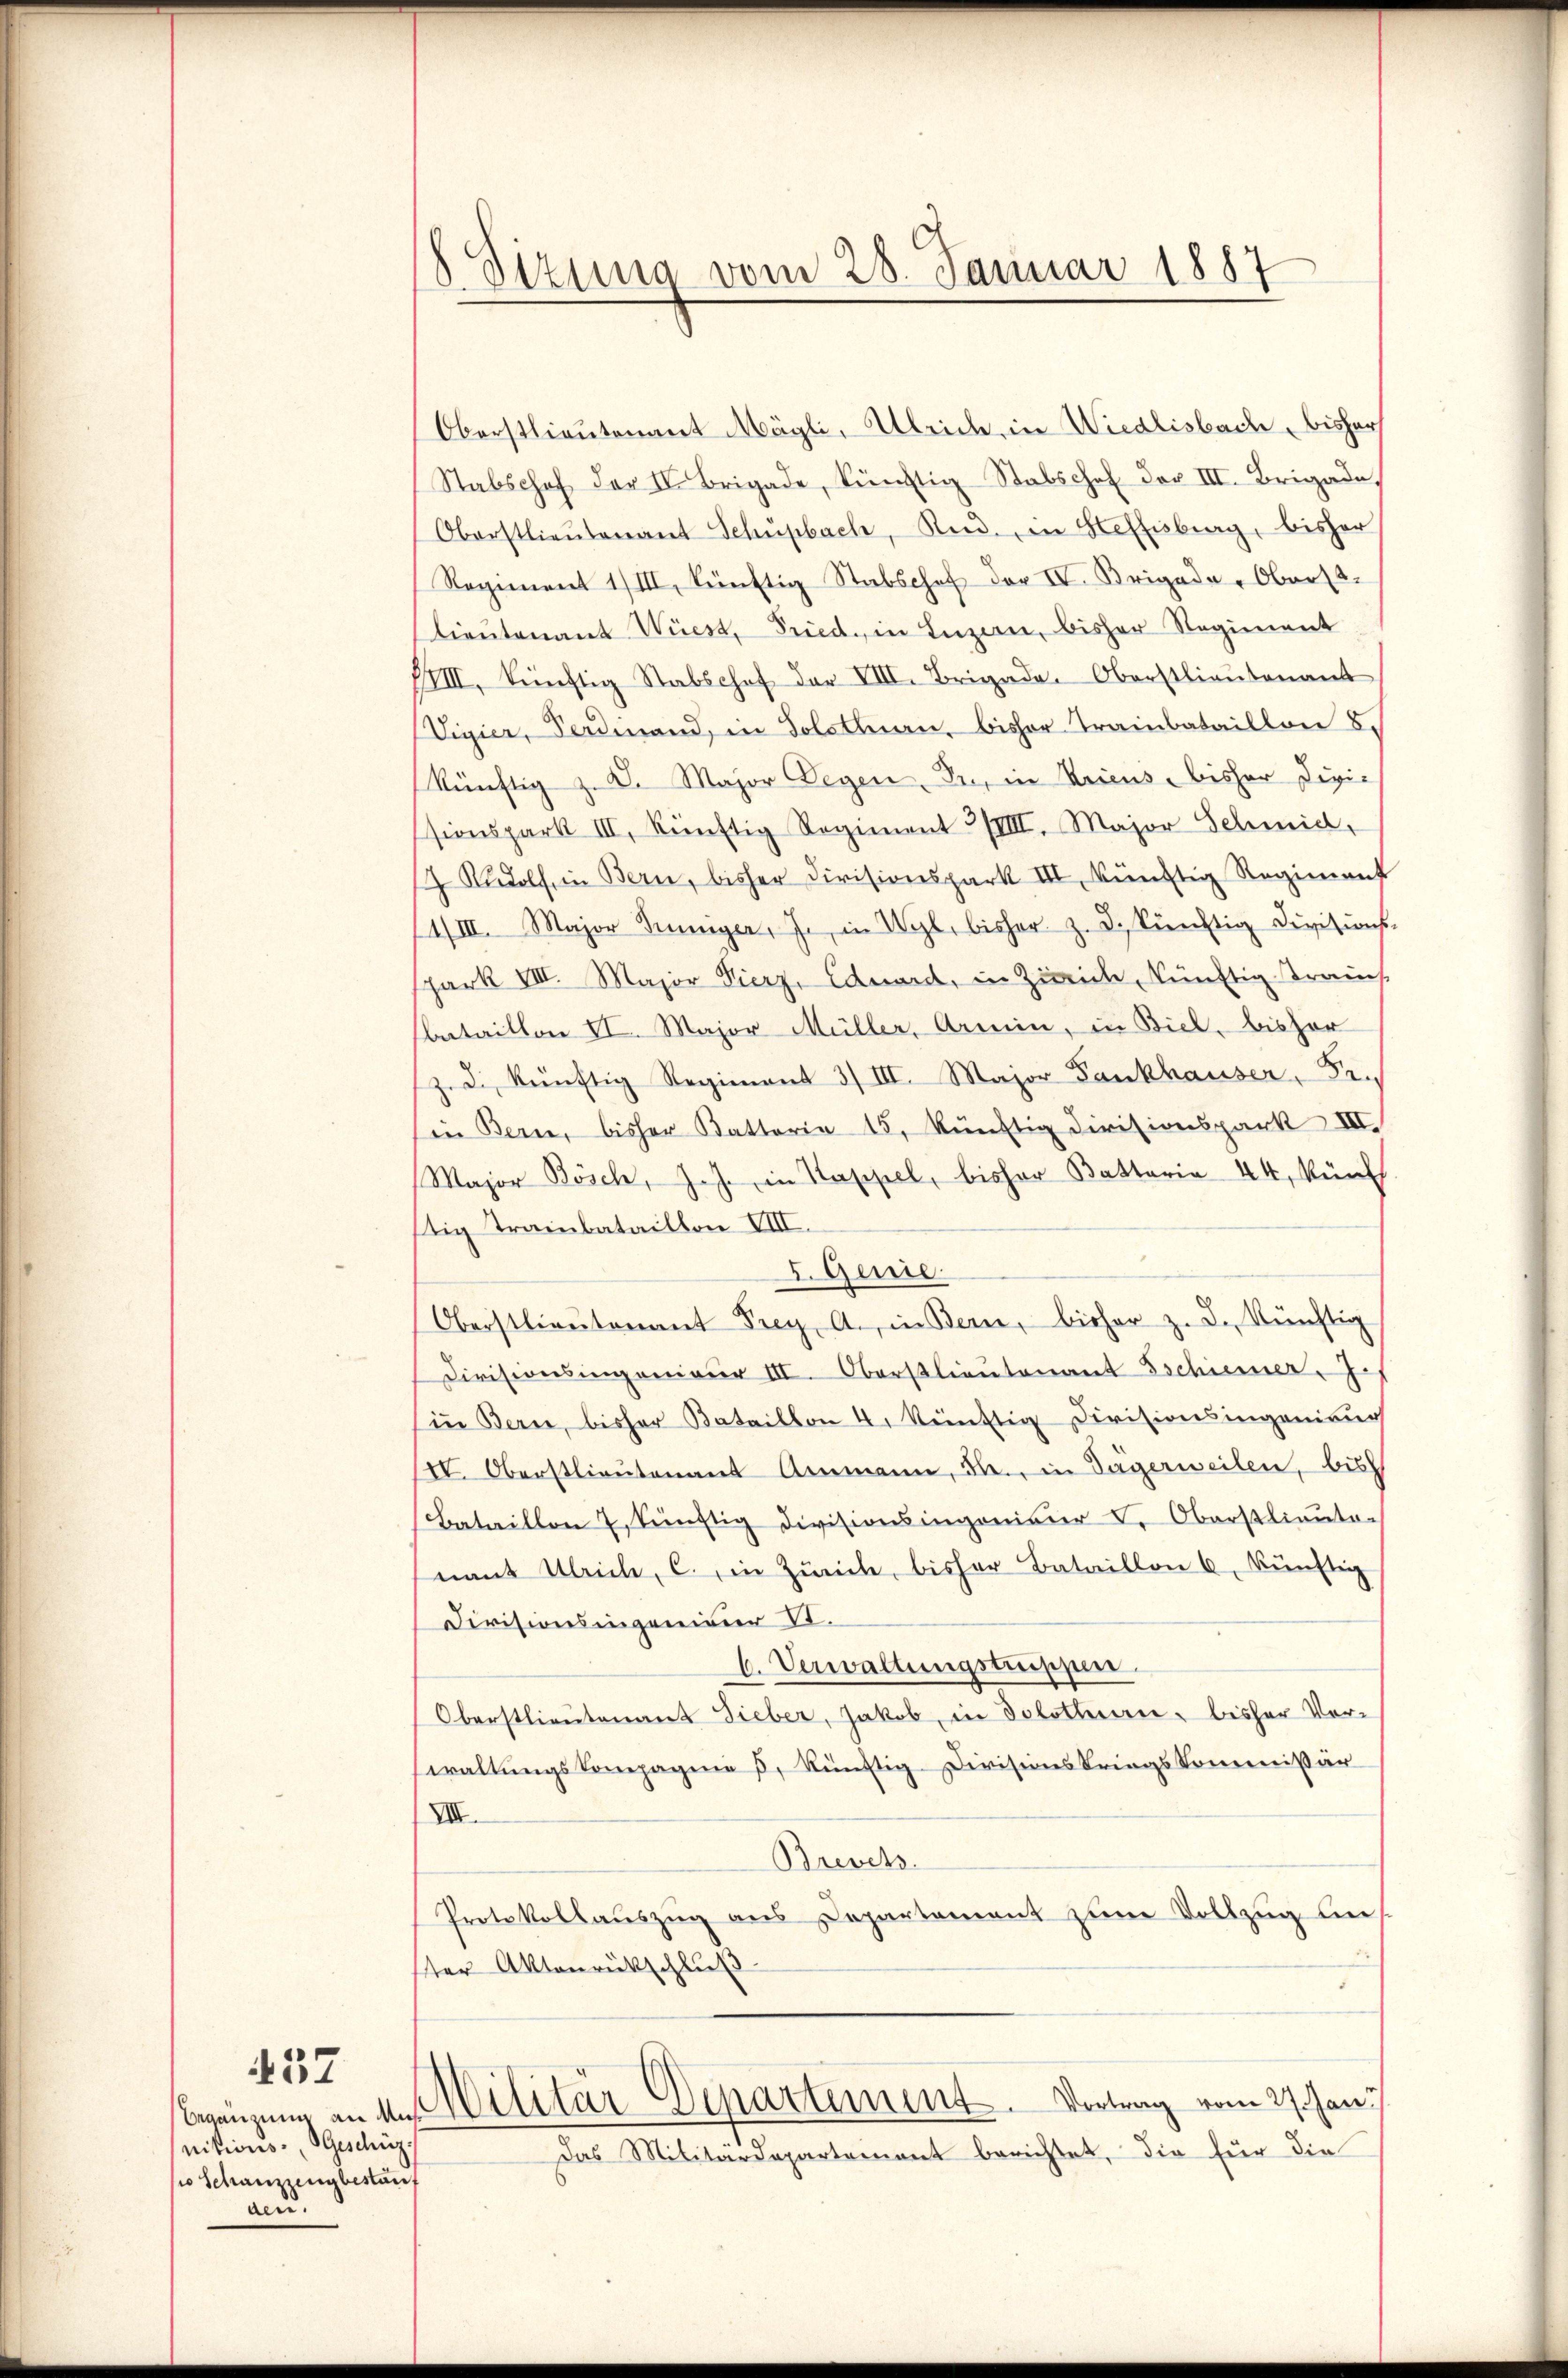
437

nitions-, Geschüzt
so Schanzengbestauf
den.

8. Sizung vom 28. Januar 1887

Oberstlieutenant Mögli, Ulrich in Wiedlisbach, bisher
Stabschof der IV. Brigade, künftig Stabschof der III. Brigade
Oberstlieutenant Schŭpbach, Rud. in Heffisburg, bisher
Regiment 1/III, künftig Stabschof der IV. Brigade-Oberst
Lieutenant Wüest, Fried, in Luzern, bisher Regiment
IIIII, künftig Stabschof der VIII. Brigade. Oberstlieutenant
Vigier, Ferdinand, in Solothurn, bisher Trainbataillon 8.
künftig z. B. Major Wegen, Pr., in Cricus, bisher Digie
sionspark III, künftig Regiment 2/VIII. Major Schmid,
7 Rudolf in Bern, bisher Divisionspart III, künftig Regiment
4/III. Major Kuniger, J. in Wyl, bisher z. B. künftig Divisions-
spark VIII. Major Vierz, Eduard, in Zürich, künftig Brauch,
bataillon II. Major Müller, Armin, in Biel, bisher
z. d. künftig Regiment 3/III. Major Fankhauser, Sei
in Bern, bisher Kattoria 15, künftig Divisionspark III.
Major Bösch, J. J. in Kappel, bisher Battaria 44, künft
tig Trainbataillon VIII.
I. Genie
Überstlieutenant Frey, a. in Bern, bisher z. B. künftig
Divisionsingenieur III. Oberstlieutenant Eschiener. J.
Ein Bern, bisher Bataillon 4. künftig Divisionsingenieurs
III. Oberstlieutenant Ammann, Fr., in Tägerweilen, bish
Bataillon 7, künftig Divisionsinganisier L. Oberstlieute-
nant Ulrich, c. in Zürich, bisher Bataillon 6, künftig
Divisionsingenieur St.
b. Verwaltungstruppen
Oberstlieutenant Fieber, Jakob, in Solothurn, bisher Vorwaltungskompagnie u. künftig-Divisionskriegskommissär
VIII.
Brevet
Protokollauszug aus Departement zum Vollzug ausster Aktenrückschluß
Bezeugung an des Militär-Departement. Vortrag vom 27. Jan.
Das Militärdepartement berichtet, die für die